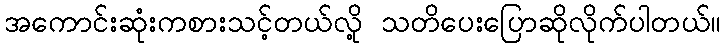
အကောင်းဆုံးကစားသင့်တယ်လို့ သတိပေးပြောဆိုလိုက်ပါတယ်။